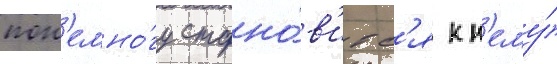
пон'емно́гу стано́в'итс'я к н'ему́